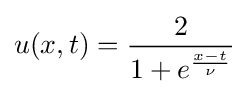
u(x,t)={\frac {2}{1+e^{\frac {x-t}{\nu }}}}